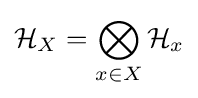
{\mathcal {H}}_{X}=\bigotimes _{x\in X}{\mathcal {H}}_{x}